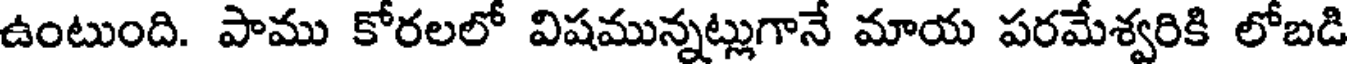
ఉంటుంది. పాము కోరలలో విషమున్నట్లుగానే మాయ పరమేశ్వరికి లోబడి